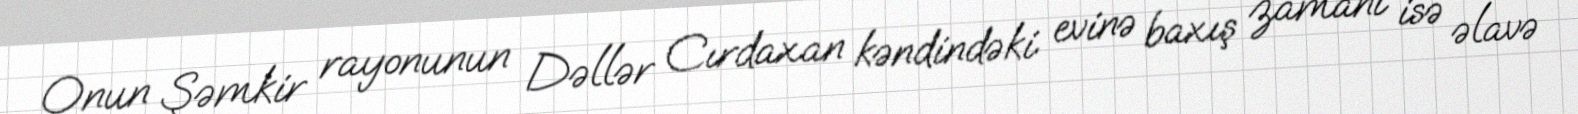
Onun Şəmkir rayonunun Dəllər Cırdaxan kəndindəki evinə baxış zamanı isə əlavə